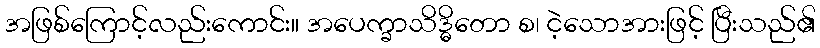
အဖြစ်ကြောင့်လည်းကောင်း။ အပေက္ခာသိဒ္ဓိတော စ၊ ငဲ့သောအားဖြင့် ပြီးသည်၏